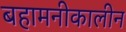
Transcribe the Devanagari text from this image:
बहामनीकालीन